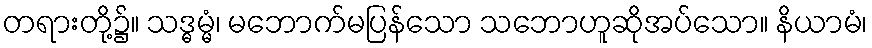
တရားတို့၌။ သဒ္ဓမ္မံ၊ မဘောက်မပြန်သော သဘောဟူဆိုအပ်သော။ နိယာမံ၊